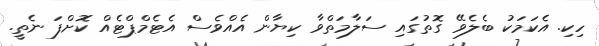
ހިކި. އެކަމަކު ބެލެވޭ ގޮތުގައި ސަލާމަތްވާ ކިޔާން އެއްވެސް އެޓެމްޕްޓެއް ކޮށްފަ ނެތީ.